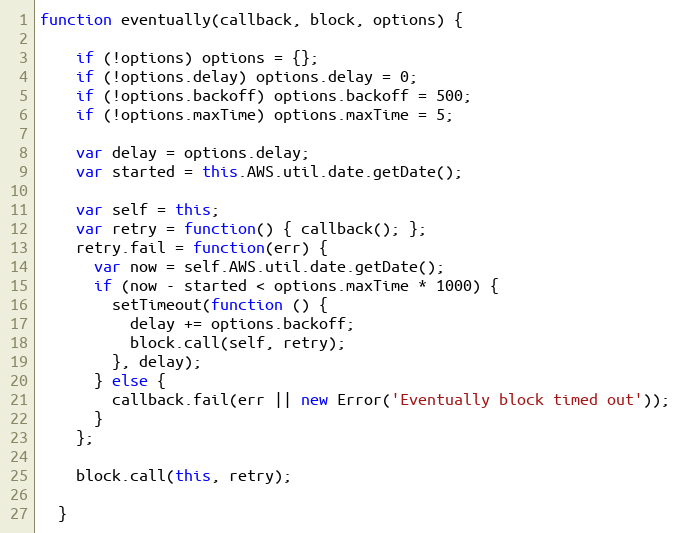
Language: JavaScript
function eventually(callback, block, options) {

    if (!options) options = {};
    if (!options.delay) options.delay = 0;
    if (!options.backoff) options.backoff = 500;
    if (!options.maxTime) options.maxTime = 5;

    var delay = options.delay;
    var started = this.AWS.util.date.getDate();

    var self = this;
    var retry = function() { callback(); };
    retry.fail = function(err) {
      var now = self.AWS.util.date.getDate();
      if (now - started < options.maxTime * 1000) {
        setTimeout(function () {
          delay += options.backoff;
          block.call(self, retry);
        }, delay);
      } else {
        callback.fail(err || new Error('Eventually block timed out'));
      }
    };

    block.call(this, retry);

  }